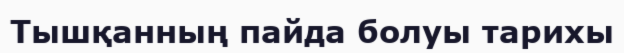
Тышқанның пайда болуы тарихы